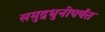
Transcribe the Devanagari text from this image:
समुद्रधुनीपर्यंत